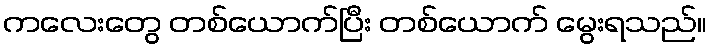
ကလေးတွေ တစ်ယောက်ပြီး တစ်ယောက် မွေးရသည်။